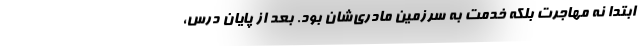
ابتدا نه مهاجرت بلکه خدمت به سرزمین مادری‌شان بود. بعد از پایان درس،